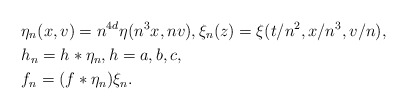
\begin{align*}& \eta_n (x, v) = n^{4d} \eta (n^3 x, n v), \xi_n (z) = \xi (t/n^2, x/n^3, v/n),\\& h_n = h \ast \eta_n, h = a, b, c, \\& f_n = (f \ast \eta_n) \xi_n.\end{align*}